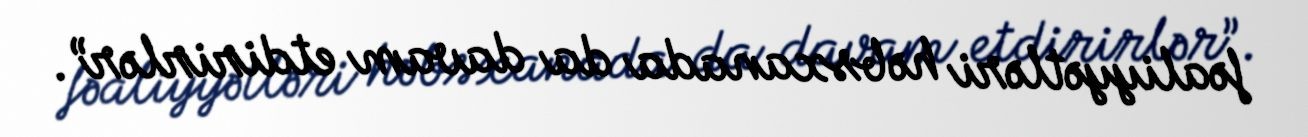
fəaliyyətləri həbsxanada da davam etdirirlər”.